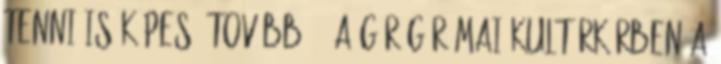
tenni is képes. Továbbá - A görög-római kultúrkörben a